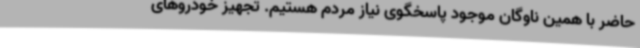
حاضر با همین ناوگان موجود پاسخگوی نیاز مردم هستیم. تجهیز خودروهای